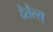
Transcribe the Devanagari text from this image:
देतैल्स्